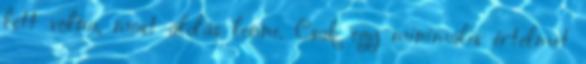
lett volna, most áldás lenne. Csak egy minimális értelmet